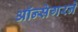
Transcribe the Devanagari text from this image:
ऑन्सेगरने